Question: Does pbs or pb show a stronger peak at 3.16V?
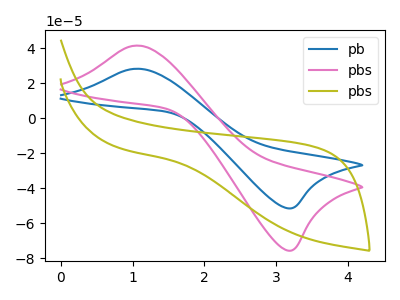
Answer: <think>The blue curve "pb" has an anodic peak at (1.10V, 28.25uA) and a cathodic peak at (3.15V, -51.50uA). The pink curve "pbs" has an anodic peak at (1.10V, 41.50uA) and a cathodic peak at (3.15V, -75.65uA). The olive curve "pbs" has no peaks.</think>
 <answer>The peak at 3.16V is higher in "pbs" than in "pb".</answer>
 <eval>higher</eval>